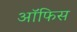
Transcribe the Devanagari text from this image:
आॅफिस